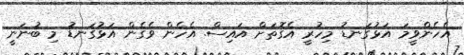
އެހެންވީމަ އަޅުގަނޑު މިހުރީ އެގޮތަށް އައިސް. އެހެން ވެގެން އަޅުގަނޑު މި ބުނަނީ